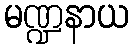
မဏ္ဍနာယ